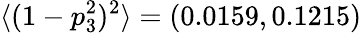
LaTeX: \langle(1-p_{3}^{2})^{2}\rangle=(0.0159,0.1215)